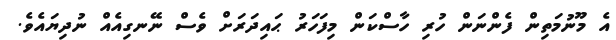
އެ މޫނުމަތިން ފެންނަން ހުރި ހާސްކަން މިފަހަރު ޙައިދަރަށް ވެސް ނޭނގިއެއް ނުދިޔައެވެ.